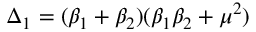
\Delta _ { 1 } = ( \beta _ { 1 } + \beta _ { 2 } ) ( \beta _ { 1 } \beta _ { 2 } + \mu ^ { 2 } )